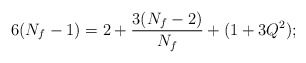
\begin{align*} 6(N_f-1)=2+{3(N_f-2)\over{N_f}}+(1+3Q^2);\end{align*}